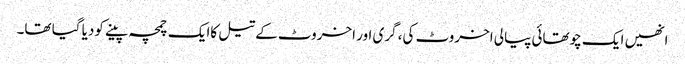
انھیں ایک چوتھائی پیالی اخروٹ کی، گری اور اخروٹ کے تیل کاایک چمچہ پینے کودیا گیا تھا۔